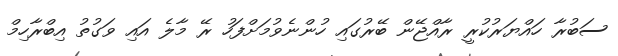
ސަބުރާ ހައްޔަރުކުރީ ރާއްޖޭން ބޭރުގައި ހުންނެވުމަށްފަހު ރޭ މާލެ އައި ވަގުތު އިބްރާހިމް